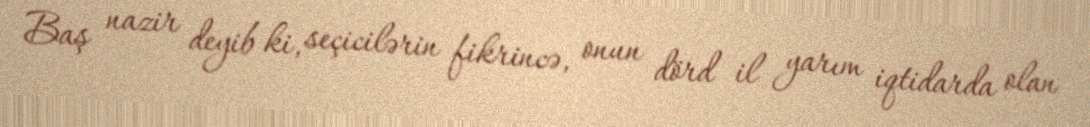
Baş nazir deyib ki, seçicilərin fikrincə, onun dörd il yarım iqtidarda olan